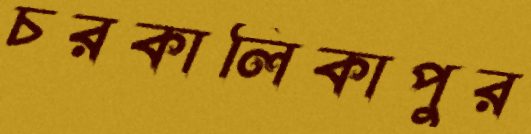
চরকালিকাপুর